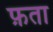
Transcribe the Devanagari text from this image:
फ़ता